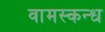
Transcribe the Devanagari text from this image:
वामस्कन्ध